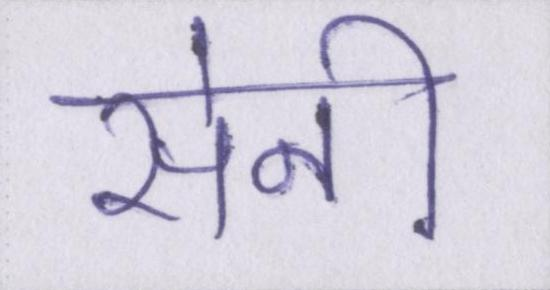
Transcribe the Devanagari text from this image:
सेनी